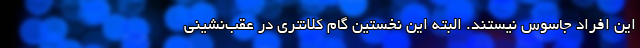
این افراد جاسوس نیستند. البته این نخستین گام کلانتری در عقب‌نشینی